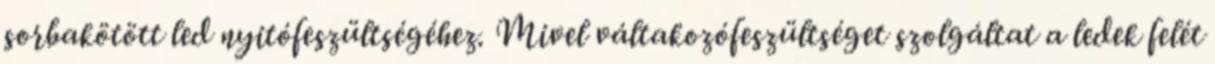
sorbakötött led nyitófeszültségéhez. Mivel váltakozófeszültséget szolgáltat a ledek felét